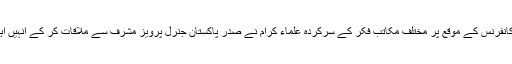
۱۹ جنوری ۲۰۰۲ء کو وفاقی وزارت مذہبی امور کے زیر اہتمام اسلام آباد میں منعقدہ علماء ومشائخ کانفرنس کے موقع پر مختلف مکاتب فکر کے سرکردہ علماء کرام نے صدر پاکستان جنرل پرویز مشرف سے ملاقات کر کے انہیں اہم معاملات میں دینی حلقوں کے جذبات سے آگاہ کیا اور مندرجہ ذیل تحریری عرض داشت پیش کی ۔